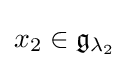
x_{2}\in {\mathfrak {g}}_{\lambda _{2}}